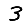
Digit: 3